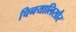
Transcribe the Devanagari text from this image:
चिनयालिसौर